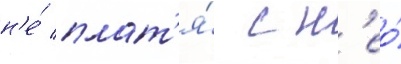
н'е́ плат'я́ с н'ео́